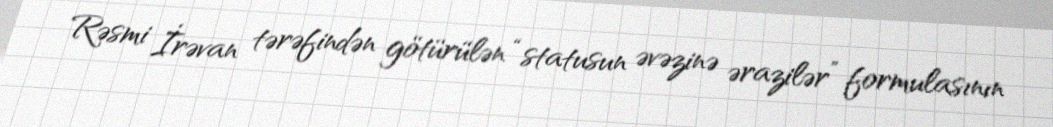
Rəsmi İrəvan tərəfindən götürülən “statusun əvəzinə ərazilər” formulasının